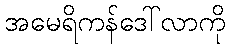
အမေရိကန်ဒေါ်လာကို